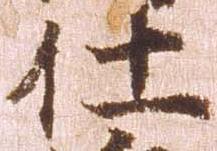
仕